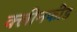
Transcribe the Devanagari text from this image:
क्लीनफीड